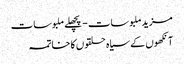
مزید ملبوسات - پچھلے ملبوسات
آنکھوں‌ کے سیاہ حلقوں کا خاتمہ